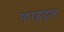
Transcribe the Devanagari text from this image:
फाइट्स